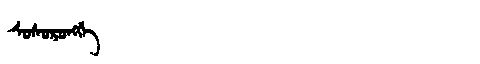
Manchu: ᠰᠣᠰᠣᡵᠣᠩᡤᡝ
Romanization: SOSORONGGE